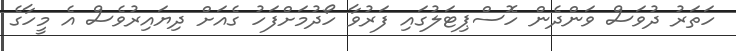
ހަތަރު ދުވަސް ވަންދެން ހޮސްޕިޓަލުގައި ފަރުވާ ހޯދުމަށްފަހު ގެއަށް ދިޔައިރުވެސް އެ މީހާގެ